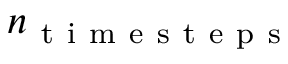
n _ { \mathrm { ~ t ~ i ~ m ~ e ~ s ~ t ~ e ~ p ~ s ~ } }